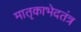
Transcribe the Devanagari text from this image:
मातृकाभेदतंत्र